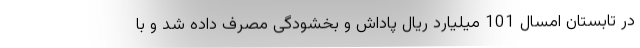
در تابستان امسال 101 میلیارد ریال پاداش و بخشودگی مصرف داده شد و با